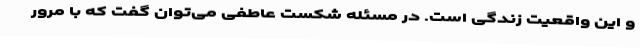
و این واقعیت زندگی است. در مسئله شکست عاطفی می‌توان گفت که با مرور